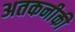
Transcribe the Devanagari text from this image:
अतकनीकी